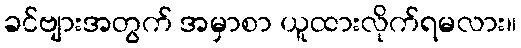
ခင်ဗျားအတွက် အမှာစာ ယူထားလိုက်ရမလား။